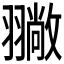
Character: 𦒚